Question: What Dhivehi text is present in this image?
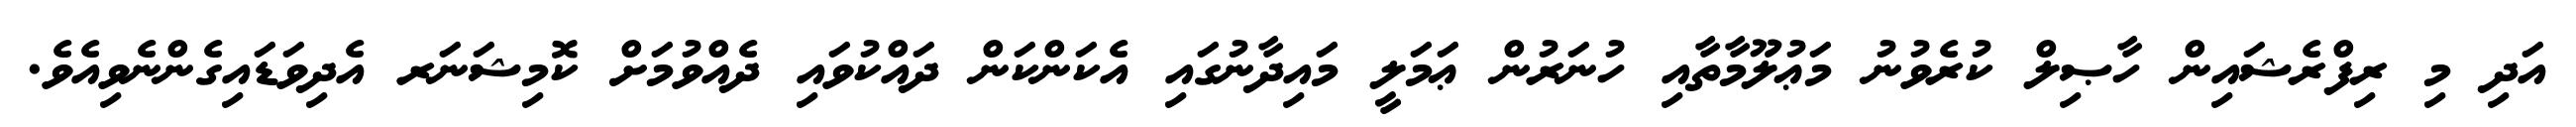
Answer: އަދި މި ރިފްރެޝައިން ހާޞިލް ކުރެވުނު މަޢުލޫމާތާއި ހުނަރުން ޢަމަލީ މައިދާނުގައި އެކަންކަން ދައްކުވައި ދެއްވުމަށް ކޮމިޝަނަރ އެދިވަޑައިގެންނެވިއެވެ.